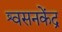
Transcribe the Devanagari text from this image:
श्वसनकेंद्र